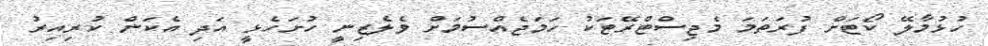
ހުޅުމާލޭ ކޯޓަށް ފުރަތަމަ މެޖިސްޓްރޭޓަކު ހަމަޖެއްސުމަށް ވެލެޒިނީ ހުށަހެޅީ އަދި އެކަން ކުރިއިރު